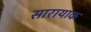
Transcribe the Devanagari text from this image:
सारायाक